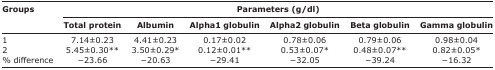
<table><thead><tr><td rowspan="3"><b>Groups</b></td><td colspan="6"><b>Parameters (g/dl)</b></td></tr><tr><td><b>Total protein</b></td><td><b>Albumin</b></td><td><b>Alpha1 globulin</b></td><td><b>Alpha2 globulin</b></td><td><b>Beta globulin</b></td><td><b>Gamma globulin</b></td></tr></thead><tbody><tr><td>1</td><td>7.14±0.23</td><td>4.41±0.23</td><td>0.17±0.02</td><td>0.78±0.06</td><td>0.79±0.06</td><td>0.98±0.04</td></tr><tr><td>2</td><td>5.45±0.30**</td><td>3.50±0.29*</td><td>0.12±0.01**</td><td>0.53±0.07*</td><td>0.48±0.07**</td><td>0.82±0.05*</td></tr><tr><td>% difference</td><td>−23.66</td><td>−20.63</td><td>−29.41</td><td>−32.05</td><td>−39.24</td><td>−16.32</td></tr></tbody></table>